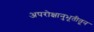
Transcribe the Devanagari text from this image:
अपरोक्षानुभूतीतून